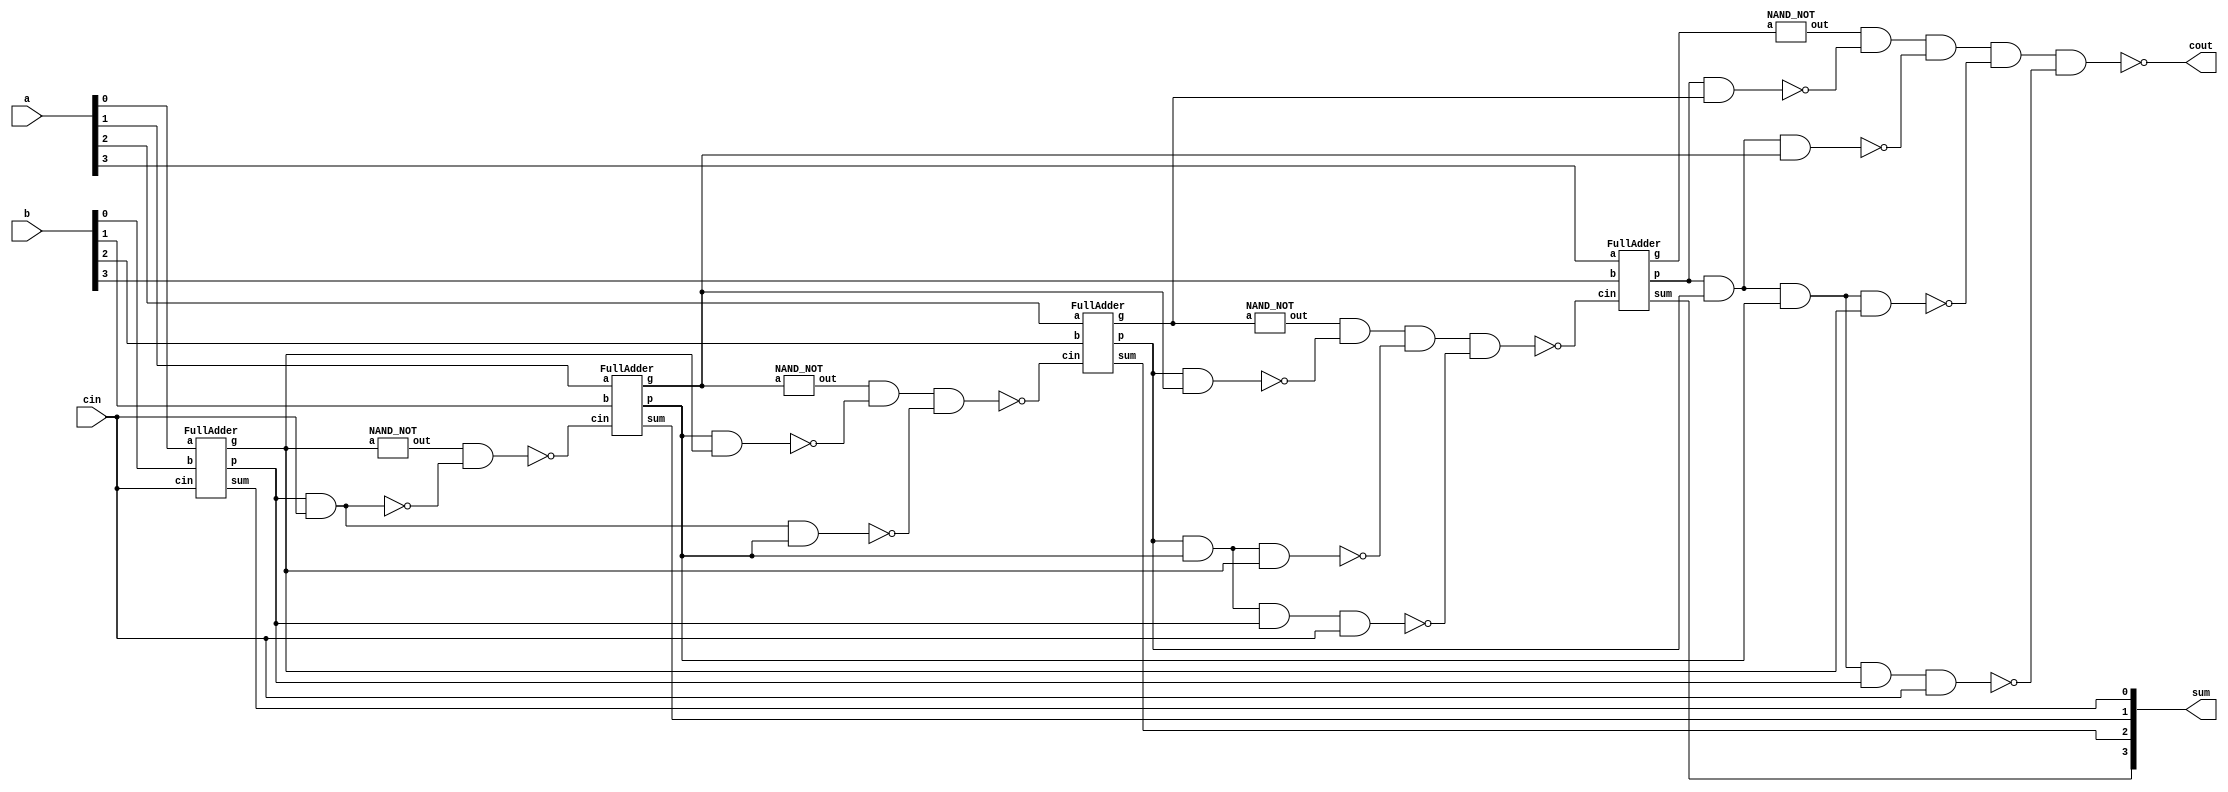
`timescale 1ns/1ps

module Carry_Look_Ahead_Adder (a, b, cin, cout, sum);
input [4-1:0] a, b;
input cin;
output cout;
output [4-1:0] sum;

wire p0, p1, p2, p3, g0, g1, g2, g3;
wire ng0, ng1, ng2 ,ng3;
wire c1, c1a, c2, c2a, c2b, c3, c3a, c3b, c3c, c4a, c4b, c4c, c4d;


FullAdder FA0(.a(a[0]) ,.b(b[0]), .cin(cin), .p(p0), .g(g0), .sum(sum[0]));

FullAdder FA1(.a(a[1]) ,.b(b[1]), .cin(c1) ,.p(p1) ,.g(g1) ,.sum(sum[1]));

FullAdder FA2(.a(a[2]) ,.b(b[2]), .cin(c2) ,.p(p2) ,.g(g2) ,.sum(sum[2]));

FullAdder FA3(.a(a[3]) ,.b(b[3]), .cin(c3) ,.p(p3) ,.g(g3) ,.sum(sum[3]));

//c1
NAND_NOT notG0(ng0, g0);
nand C1a(c1a, p0, cin);
nand C1b(c1, ng0, c1a);
//c2
NAND_NOT notG1(ng1, g1);
nand C2a(c2a, p1, g0);
nand C2b(c2b, cin, p0, p1);
nand C2c(c2, ng1, c2a, c2b);
//c3
NAND_NOT notG2(ng2, g2);
nand C3a(c3a, p2, g1);
nand C3b(c3b, p2, p1, g0);
nand C3c(c3c, p2, p1, p0, cin);
nand C3d(c3, ng2, c3a, c3b, c3c);
//c4
NAND_NOT notG3(ng3, g3);
nand C4a(c4a,p3, g2);
nand C4b(c4b, p3, p2, g1);
nand C4c(c4c, p3, p2, p1, g0);
nand C4d(c4d, p3, p2, p1, p0, cin);
nand C4e(cout, ng3, c4a, c4b, c4c, c4d);

endmodule


//FullAdder implement
module FullAdder (a, b, cin, p, g, sum);
input a, b;
input cin;
output sum,  p, g;


NAND_AND G(g, a, b);
NAND_XOR P(p, a, b);
NAND_XOR S(sum, p, cin);
endmodule

module CLA_Cout(cout, g, p, cin);
input g, p ,cin;
output cout;
wire ca;

NAND_AND p_and_c(ca, p, cin);
NAND_OR g_or_pc(cout, ca, g);
endmodule


// Nand implement
module NAND_NOT (out, a);
input a;
output out;

nand NOT(out, a, a);
endmodule


module NAND_AND (out, a, b);
input a,b;
output out;
wire negab;

nand AND1(negab, a, b);
NAND_NOT ANDab(out,  negab);
endmodule


module NAND_OR (out, a, b);
input a,b;
output out;
wire nega, negb;

NAND_NOT na(nega,  a);
NAND_NOT nb(negb, b);
nand nand1(out, nega, negb);
endmodule


module NAND_XNOR (out, a, b);
input a,b;
output out;
wire xorab;

NAND_XOR xor1(xorab, a, b);
NAND_NOT not1(out, xorab);
endmodule

module NAND_XOR (out, a, b);
input a,b;
output out;
wire nega, negb, andab, andab2;

NAND_NOT nota(nega,  a);
NAND_NOT notb(negb,  b);
NAND_AND and1(andab, a, negb);
NAND_AND and2(andab2, b, nega);
NAND_OR or1(out, andab, andab2);

endmodule